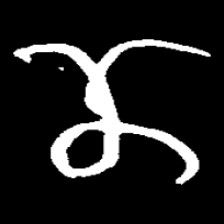
Pyu character \u2014 Myanmar letter: ဏ (romanized: nna)